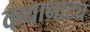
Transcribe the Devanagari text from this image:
कथानाट्य